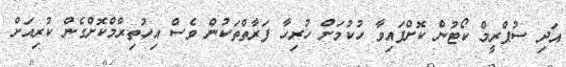
އަދި ސުޕްރީމް ކޯޓުން ކޮށްފައިވާ ހުކުމަށް ހުރިހާ ފަރާތްތަކުން ވެސް އިހުތިރާމްކޮށްގެން ކުރިއަށް